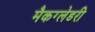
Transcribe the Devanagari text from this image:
मैकग्लेडरी